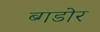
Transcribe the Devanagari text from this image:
ब्गडोर